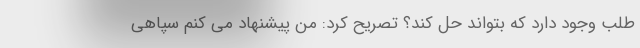
طلب وجود دارد که بتواند حل کند؟ تصریح کرد: من پیشنهاد می کنم سپاهی